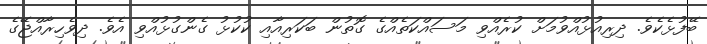
ބޭފުޅެކެވެ. ދިރިއުޅުއްވުމަށް ކުރެއްވި މަސައްކަތެއްގެ ގޮތުން ބަކަރިއާއި ކުކުޅު ގެންގުޅުއްވި އެވެ. ދިވެހިރާއްޖޭގެ